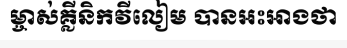
ម្ចាស់គ្លីនិកវីលៀម បានអះអាងថា